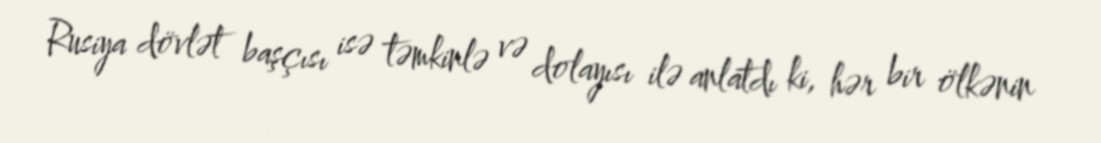
Rusiya dövlət başçısı isə təmkinlə və dolayısı ilə anlatdı ki, hər bir ölkənin